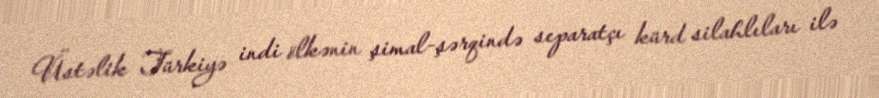
Üstəlik Türkiyə indi ölkənin şimal-şərqində separatçı kürd silahlıları ilə